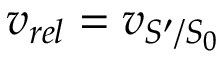
v _ { r e l } = v _ { S ^ { \prime } / S _ { 0 } }